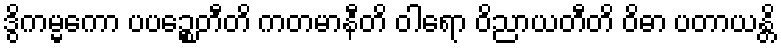
ဒွိကမ္မကော ပပဉ္စေတီတိ ကတမာနီတိ ဝါရော ဝိညာယတီတိ ဝိဓာ ပတာယန္တိ